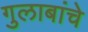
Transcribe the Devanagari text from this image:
गुलाबांचे